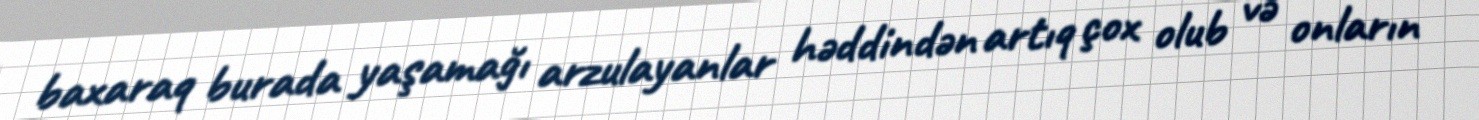
baxaraq burada yaşamağı arzulayanlar həddindən artıq çox olub və onların